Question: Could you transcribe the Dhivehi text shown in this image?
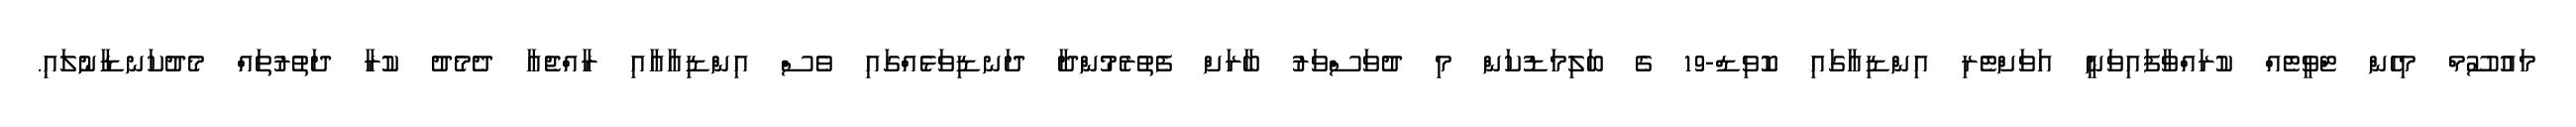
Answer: މައުސޫމް މިހެން ޓްވީޓެއް ކުރައްވާފައިވަނީ އަވަށްޓެރި އިންޑިއާގައި ކޮވިޑް-19 ގެ ބަލިމަޑުކަން މި ދުވަސްވަރު ބާރަށް ފެތުރެމުންދާ ދަނޑިވަޅެއްގައި ވެސް އިންޑިއާއާއި ރާއްޖެއާ ދެމެދު ކުރާ ދަތުރުތައް މެދުކަނޑާނުލައި.